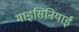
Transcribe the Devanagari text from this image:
माइसिनियाई